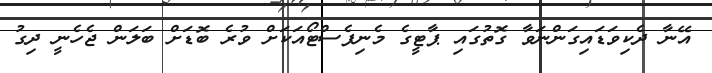
އޭނާ ދެކިވަޑައިގަންނަވާ ގޮތުގައި ޕާޓީގެ މެނިފެސްޓޯއަކަށް ވުރެ ބޮޑަށް ބަލަން ޖެހެނީ ދިގު